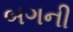
બગની